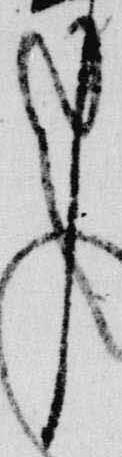
了